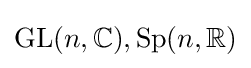
\mathrm {GL} (n,\mathbb {C} ),\mathrm {Sp} (n,\mathbb {R} )